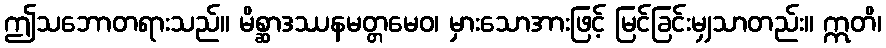
ဤသဘောတရားသည်။ မိစ္ဆာဒဿနမတ္တမေဝ၊ မှားသောအားဖြင့် မြင်ခြင်းမျှသာတည်း။ ဣတိ၊